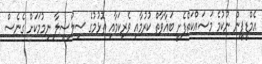
އެމްޑީޕީން ނުކުމެ މަސައްކަތްފެށީ ބަޣާވާތް ކުރުމާއި ވެރިކަމާއި ތޮޅުމުގެ ސިލްސިލާ ނިމުމަކަށް ގެނެސް